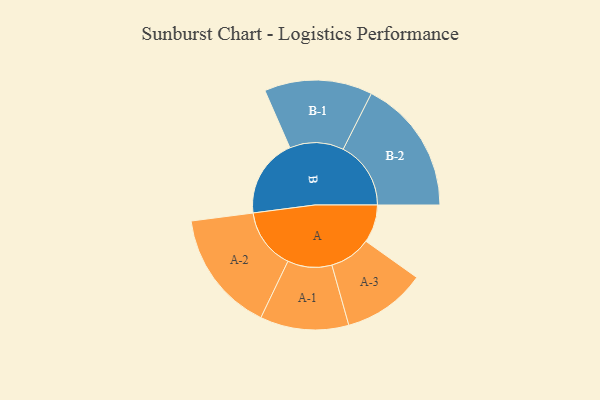
{"axis": {"x": "Segment", "y": "Value"}, "legend": ["", "A", "B"], "data": [{"x": "A", "y": 125, "type": ""}, {"x": "B", "y": 260, "type": ""}, {"x": "A-1", "y": 146, "type": "A"}, {"x": "A-2", "y": 201, "type": "A"}, {"x": "A-3", "y": 137, "type": "A"}, {"x": "B-1", "y": 178, "type": "B"}, {"x": "B-2", "y": 223, "type": "B"}]}